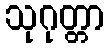
သုဂုတ္တာ